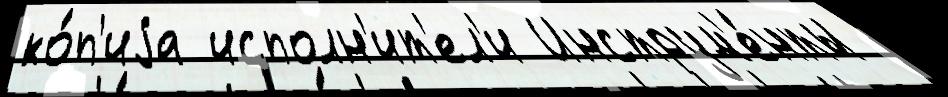
ко́п'иjа исполн'ит'ел'и Инструм'е́нты